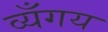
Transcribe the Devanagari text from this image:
व्यँगय